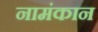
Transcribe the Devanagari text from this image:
नामंकान